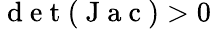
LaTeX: \mathrm{~d~e~t~}(\mathrm{~J~a~c~})>0